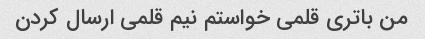
من باتری قلمی خواستم نیم قلمی ارسال کردن